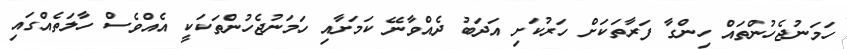
ހަމަނުޖެހުންތައް ހިންގާ ފަރާތަކަށް ހަރުކަށި އަދަބު ދެއްވާނޭ ކަމަށާއި ހަމަނުޖެހުންތަކަކީ އެއްވެސް ހާލަތެއްގައި